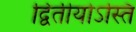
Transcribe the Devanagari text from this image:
द्वितीयोऽस्ति